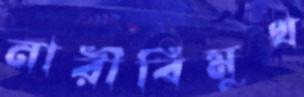
নারীবিমুখ